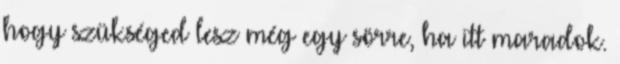
hogy szükséged lesz még egy sörre, ha itt maradok.